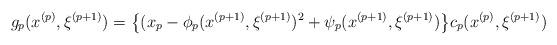
LaTeX: \begin{align*}g_p(x^{(p)}, \xi^{(p+1)})=\big\{(x_p-\phi_p(x^{(p+1)}, \xi^{(p+1)})^2+\psi_p(x^{(p+1)}, \xi^{(p+1)})\big\}c_p(x^{(p)}, \xi^{(p+1)})\end{align*}